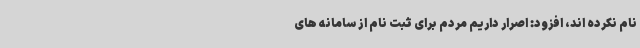
نام نکرده اند، افزود: اصرار داریم مردم برای ثبت نام از سامانه های